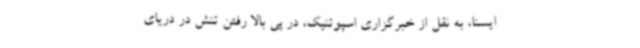
ایسنا، به نقل از خبرگزاری اسپوتنیک، در پی بالا رفتن تنش در دریای